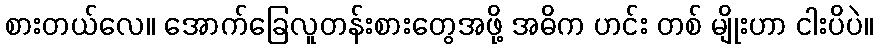
စားတယ်လေ။ အောက်ခြေလူတန်းစားတွေအဖို့ အဓိက ဟင်း တစ် မျိုးဟာ ငါးပိပဲ။